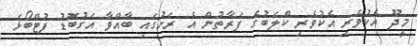
މީދޫ އެކުވެރި އެކުވެރި ކްލަބުގެ ފަރާތުން އެ ރަށުގައި ބާއްވާ އަގުބޮޑު ފުޓްބޯޅަ